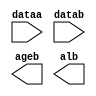
module ALU_COMPARE (
	dataa,
	datab,
	ageb,
	alb);

	input	[31:0]  dataa;
	input	[31:0]  datab;
	output	  ageb;
	output	  alb;

endmodule